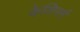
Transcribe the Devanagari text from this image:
केलिपर्स